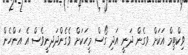
ވިކްޓިމް އަކަށް ވގެން ދަނީ އަދި ގޯސް މީހަކަށް ވެގެންދަދނީވެސް އެ އަންހެން